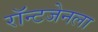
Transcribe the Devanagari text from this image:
रॉन्टजेनला